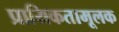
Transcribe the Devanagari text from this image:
प्रायिकतामूलक